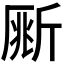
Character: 𣂥